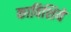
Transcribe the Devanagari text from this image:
काविशिये